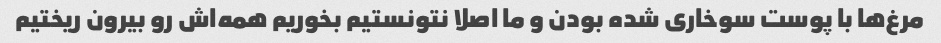
مرغ‌ها با پوست سوخاری شده بودن و ما اصلا نتونستیم بخوریم همه‌اش رو بیرون ریختیم